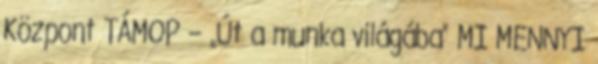
Központ TÁMOP – „Út a munka világába” MI MENNYI